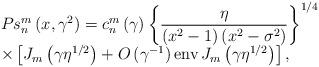
LaTeX: \begin{align*}\begin{array}[c]{l}Ps_{n}^{m}\left( {x,\gamma^{2}}\right) =c_{n}^{m}\left( \gamma\right)\left\{ {\dfrac{\eta}{\left( {x^{2}-1}\right) \left( {x^{2}-\sigma^{2}}\right) }}\right\} ^{1/4}\\\times\left[ {J_{m}\left( {\gamma\eta^{1/2}}\right) +{O}\left({\gamma^{-1}}\right) \operatorname{env}J_{m}\left( {\gamma\eta^{1/2}}\right) }\right] ,\end{array}\end{align*}